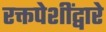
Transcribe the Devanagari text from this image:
रक्तपेशींद्वारे